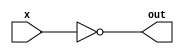
module not2(x,out);

input x;
output out;

not not_gate(out,x);

endmodule